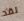
لقد